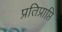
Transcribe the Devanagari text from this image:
प्रतिप्राप्ति